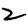
Digit: 2